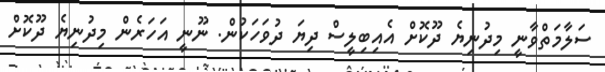
ސަލާމަތްވާނީ މިދުނިޔެ ދޫކޮށް އެއިބިލީސް ދިޔަ ދުވަހަކުން. ނޫނީ އަހަރެން މިދުނިޔެ ދޫކޮށް